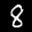
Label: 8